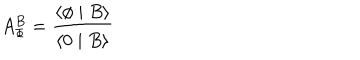
A _ { \Phi } ^ { B } = \frac { \langle \phi \mid B \rangle } { \langle 0 \mid B \rangle }